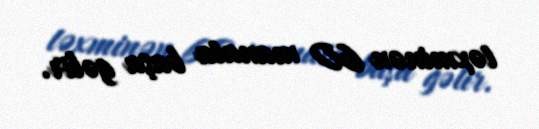
təxminən 60 manata başa gəlir.